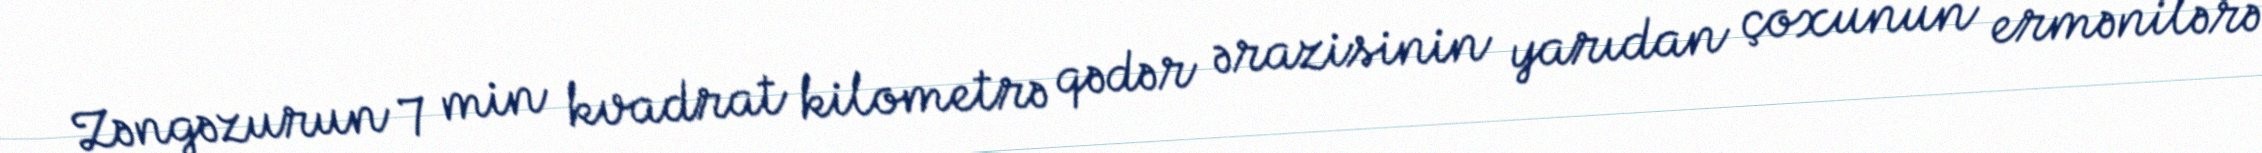
Zəngəzurun 7 min kvadrat kilometrə qədər ərazisinin yarıdan çoxunun ermənilərə